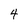
Character: 4